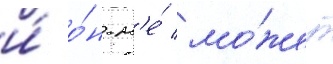
и́ о́н н'е́ мо́жет